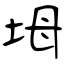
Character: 坶